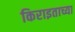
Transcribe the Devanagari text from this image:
किराइताच्या